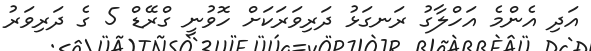
އަދި އެންމެ އަހްލާގު ރަނގަޅު ދަރިވަރަކަށް ހޮވުނީ ގްރޭޑް 5 ގެ ދަރިވަރު